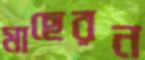
মাছেরন